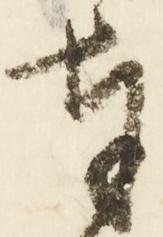
東